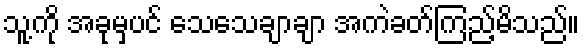
သူ့ကို အခုမှပင် သေသေချာချာ အကဲခတ်ကြည့်မိသည်။